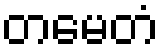
တမေတံ